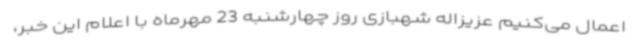
اعمال می‌کنیم عزیزاله شهبازی روز چهارشنبه 23 مهرماه با اعلام این خبر،